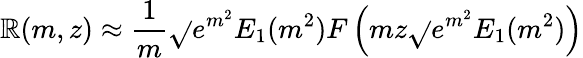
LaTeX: \mathbb{R}(m,z)\approx\frac{{1}}{{m}}\sqrt{}{{e^{m^{2}}E_{1}(m^{2})}}F\left(mz\sqrt{}{{e^{m^{2}}E_{1}(m^{2})}}\right)